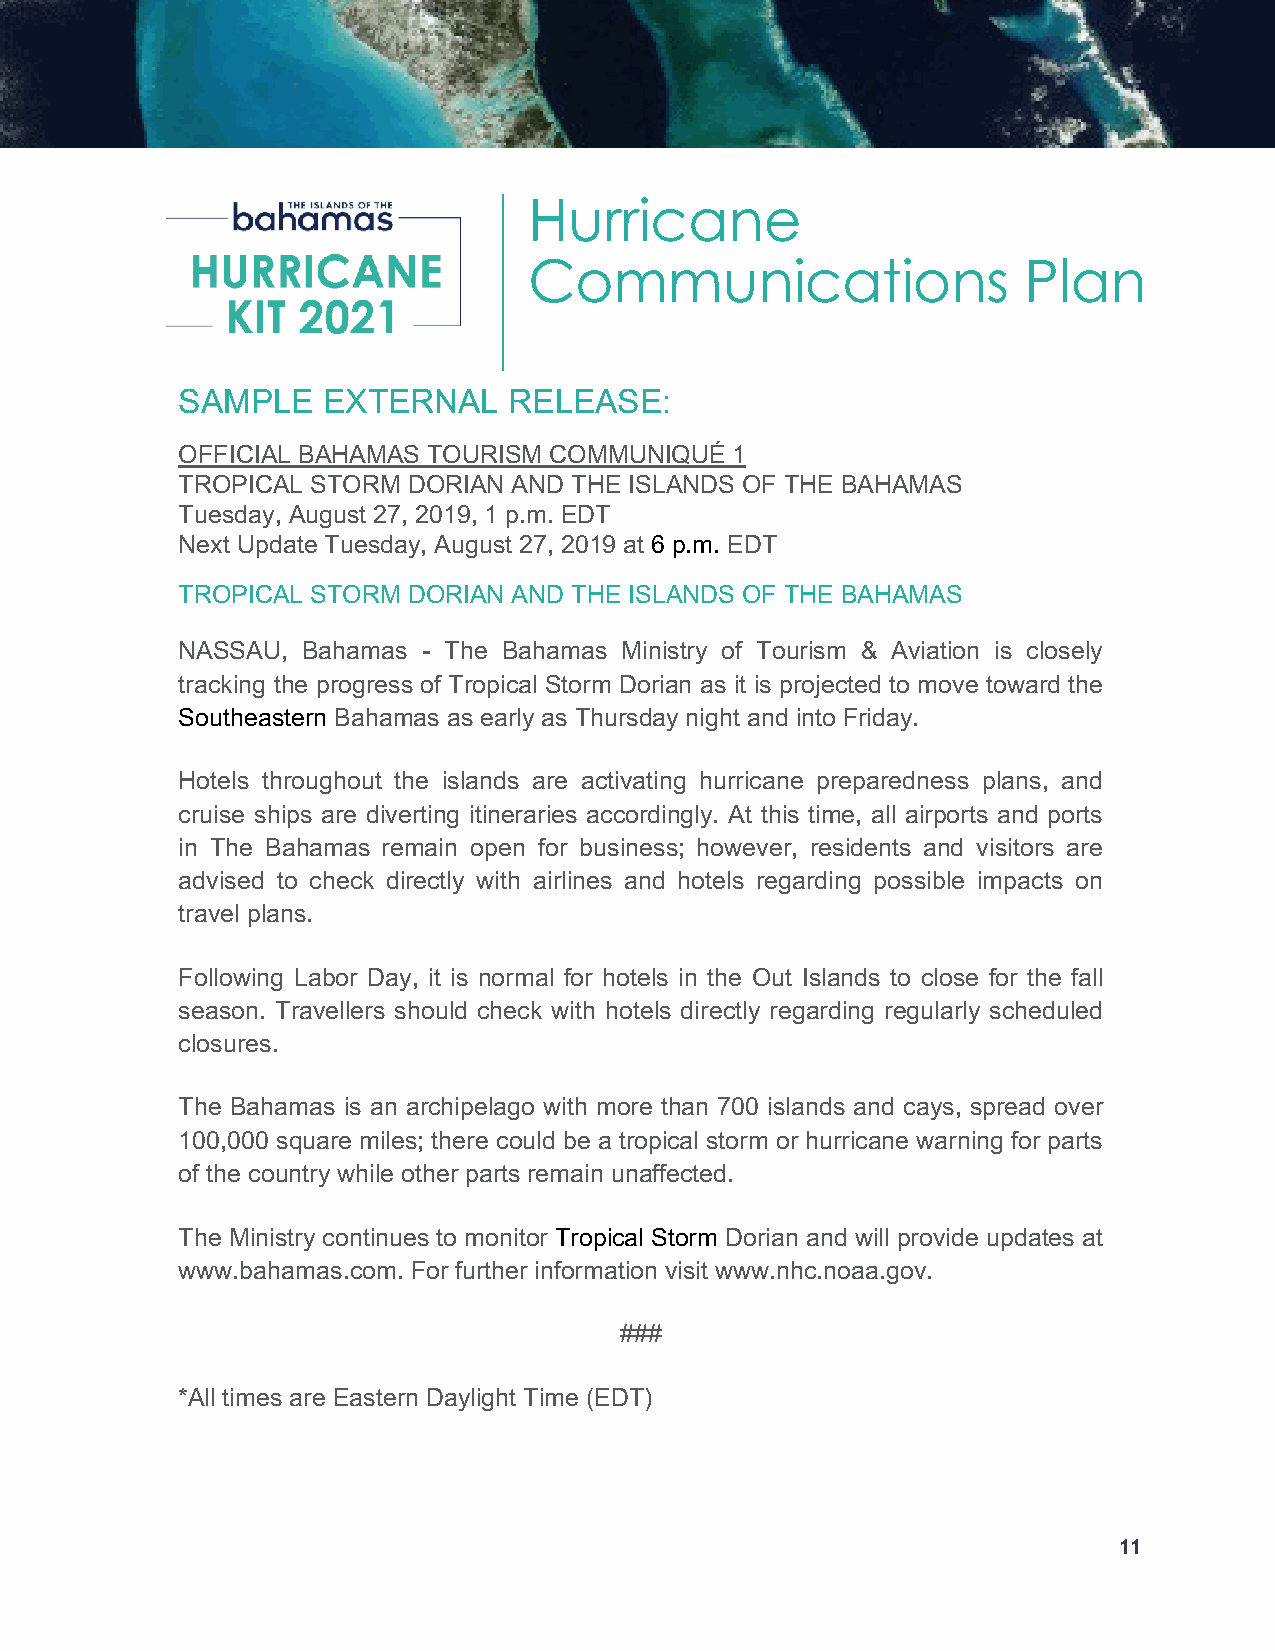
Hurricane
 Communications                   Plan
 SAMPLE   EXTERNAL     RELEASE:
 OFFICIAL BAHAMAS TOURISM COMMUNIQUÉ 1
 TROPICAL STORM DORIAN AND THE ISLANDS OF THE BAHAMAS
 Tuesday, August 27, 2019, 1 p.m. EDT
 Next Update Tuesday, August 27, 2019 at 6 p.m. EDT
 TROPICAL STORM DORIAN AND THE ISLANDS OF THE BAHAMAS
 NASSAU, Bahamas - The Bahamas Ministry of Tourism & Aviation is closely
 tracking the progress of Tropical Storm Dorian as it is projected to move toward the
 Southeastern Bahamas as early as Thursday night and into Friday.
 Hotels throughout the islands are activating hurricane preparedness plans, and
 cruise ships are diverting itineraries accordingly. At this time, all airports and ports
 in The Bahamas remain open for business; however, residents and visitors are
 advised to check directly with airlines and hotels regarding possible impacts on
 travel plans.
 Following Labor Day, it is normal for hotels in the Out Islands to close for the fall
 season. Travellers should check with hotels directly regarding regularly scheduled
 closures.
 The Bahamas is an archipelago with more than 700 islands and cays, spread over
 100,000 square miles; there could be a tropical storm or hurricane warning for parts
 of the country while other parts remain unaffected.
 The Ministry continues to monitor Tropical Storm Dorian and will provide updates at
 www.bahamas.com. For further information visit www.nhc.noaa.gov.
 ###
 *All times are Eastern Daylight Time (EDT)
 11